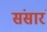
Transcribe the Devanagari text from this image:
संसारं